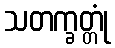
သတက္ခတ္တုံ